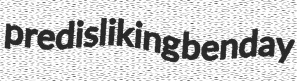
predisliking benday